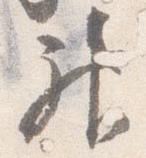
神